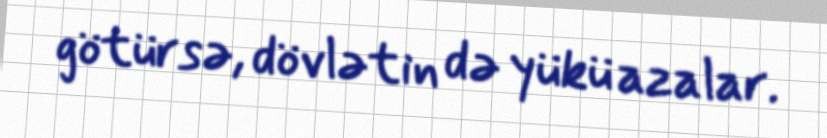
götürsə, dövlətin də yükü azalar.